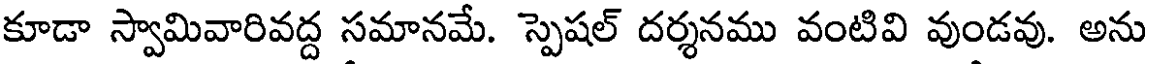
కూడా స్వామివారివద్ద సమానమే. స్పెషల్ దర్శనము వంటివి వుండవు. అను